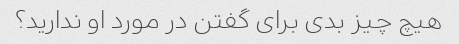
هیچ چیز بدی برای گفتن در مورد او ندارید؟